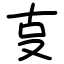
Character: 㕝